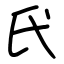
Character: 𫞕